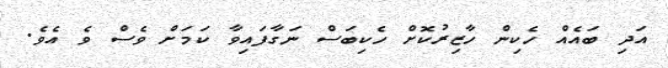
އަދި ބައެއް ހެކިން ހާޒިރުކޮށް ހެކިބަސް ނަގާފައިވާ ކަމަށް ވެސް ވެ އެވެ.